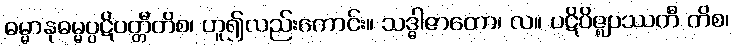
ဓမ္မာနုဓမ္မပ္ပဋိပတ္တီတိစ၊ ဟူ၍လည်းကောင်း။ သဒ္ဓါဇာတော၊ လ။ ပဋိဝိဇ္ဈပဿတီ တိစ၊